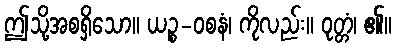
ဤသို့အစရှိသော။ ယဉ္စ-ဝစနံ၊ ကိုလည်း။ ဝုတ္တံ၊ ၏။